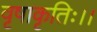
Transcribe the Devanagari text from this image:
वृषाकृतिः।।